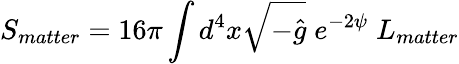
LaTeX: S_{matter}=16\pi\int d^{4}x\sqrt{-\hat{g}}\; e^{-2\psi}\; L_{matter}